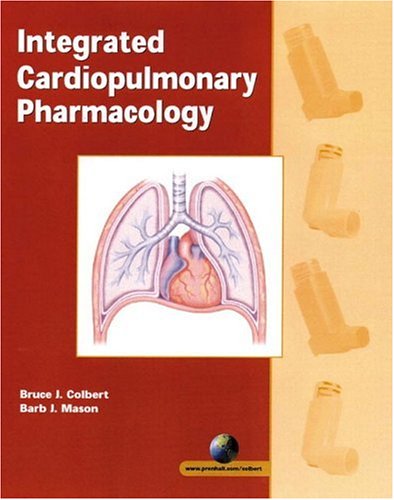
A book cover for Integrated Cardiopulmonary Pharmacology; Bruce J. Colbert; Medical Books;